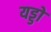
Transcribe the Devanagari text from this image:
यड्डो